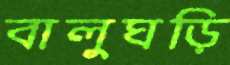
বালুঘড়ি